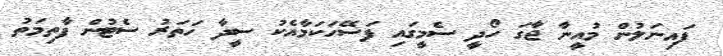
ފައިނަލުން މުއީނާ ޖާގަ ހޯދީ ސެމީގައި ފަސޭހަކަމާއެކު ސީދާ ހަތަރު ސެޓުން ފާތިމަތު